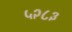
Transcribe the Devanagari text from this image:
५२८३